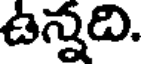
ఉన్నది.